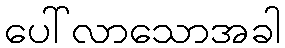
ပေါ်လာသောအခါ